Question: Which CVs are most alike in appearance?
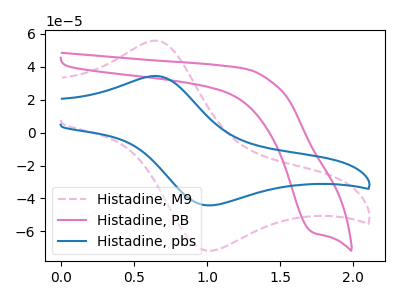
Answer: <think>The pink dashed curve "Histadine, M9" has an anodic peak at (0.65V, 55.90uA) and a cathodic peak at (1.00V, -71.70uA). The pink curve "Histadine, PB" has a cathodic peak at: (1.70V, -60.60uA). The blue curve "Histadine, pbs" has an anodic peak at (0.65V, 34.45uA) and a cathodic peak at (1.00V, -44.20uA).
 "Histadine, M9" and "Histadine, PB" have a different number of peaks. All the peaks in "Histadine, M9" have a peak in "Histadine, pbs" at the same potential. Every peak in "Histadine, M9" is higher than every peak in "Histadine, pbs". "Histadine, PB" and "Histadine, pbs" have a different number of peaks.</think>
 <answer>"Histadine, M9" and "Histadine, pbs" have the same shape and are likely CV's of the same chemical.</answer>
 <eval>"Histadine, M9" "Histadine, pbs"</eval>